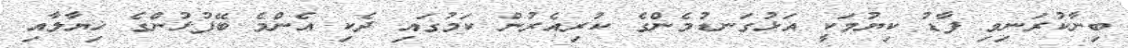
ބިނާކުރަނިވި ފާޑު ކިޔުމަކީ އަޅުގަނޑުމެންގެ ކުރިއެރުން ކަމުގައި ދެކި އެންމެ ބޭފުޅުންގެ ޚިޔާލާއި